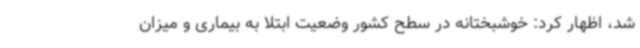
شد، اظهار کرد: خوشبختانه در سطح کشور وضعیت ابتلا به بیماری و میزان